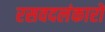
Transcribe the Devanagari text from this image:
रसवदलंकारों